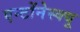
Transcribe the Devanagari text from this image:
एन्टोंनेस्क्यू